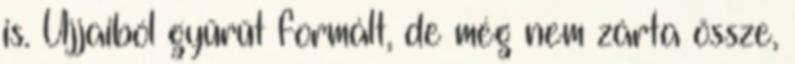
is. Ujjaiból gyűrűt formált, de még nem zárta össze,